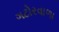
ગટોરવાળા